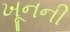
ખૂનની